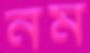
নম